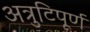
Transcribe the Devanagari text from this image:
अत्रुटिपूर्ण